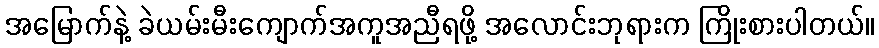
အမြောက်နဲ့ ခဲယမ်းမီးကျောက်အကူအညီရဖို့ အလောင်းဘုရားက ကြိုးစားပါတယ်။